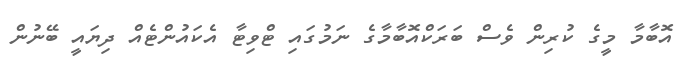
އޮބާމާ މީގެ ކުރިން ވެސް ބަރަކްއޮބާމާގެ ނަމުގައި ޓްވިޓާ އެކައުންޓެއް ދިޔައީ ބޭނުން